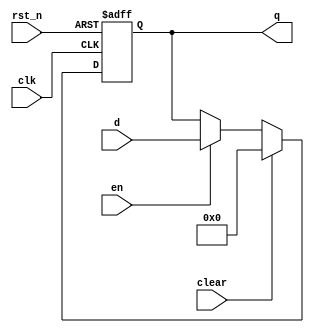
`timescale 1ns / 1ps

module flopenrc #(parameter WIDTH = 8)(
	input       clk,
    input       rst_n,
    input       en,
    input       clear,
	input       [WIDTH-1:0] d,
	output reg  [WIDTH-1:0] q
    );

	always @(posedge clk or negedge rst_n) 
    begin
		if(!rst_n) 
			q <= 0;
		else if(clear) 
			q <= 0;
		else if(en) 
			/* code */
			q <= d;
		else ;
	end
    
endmodule